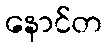
နောင်တ